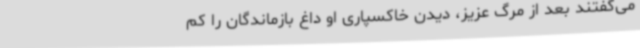
می‌گفتند بعد از مرگ عزیز، دیدن خاکسپاری او داغ بازماندگان را کم‌